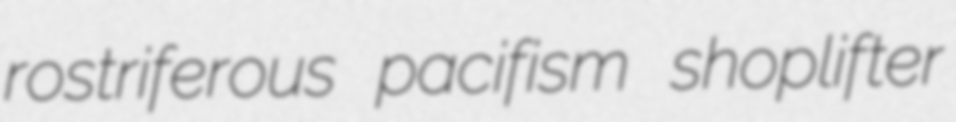
rostriferous pacifism shoplifter